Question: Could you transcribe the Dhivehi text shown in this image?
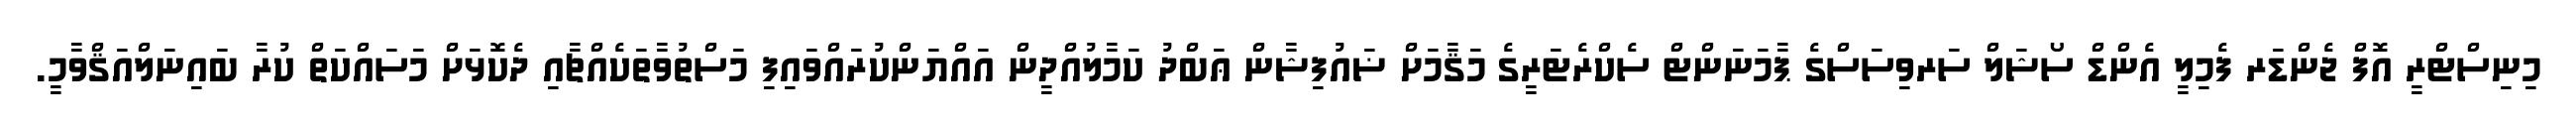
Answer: މިނިސްޓްރީ އޮފް ޖެންޑަރ ފެމިލީ އެންޑް ސޯޝަލް ސަރވިސަސްގެ ޕާމަނަންޓް ސެކްރެޓަރީގެ މަޤާމަށް ޟައުފިޝާން ޢަބްދު ކަމާލުއްދީން އައްޔަންކުރައްވައިފި މަސްތުވާތަކެއްޗާއި ދެކޮޅަށް މަސައްކަތް ކުރާ ބައިނަލްއަޤްވާމީ.